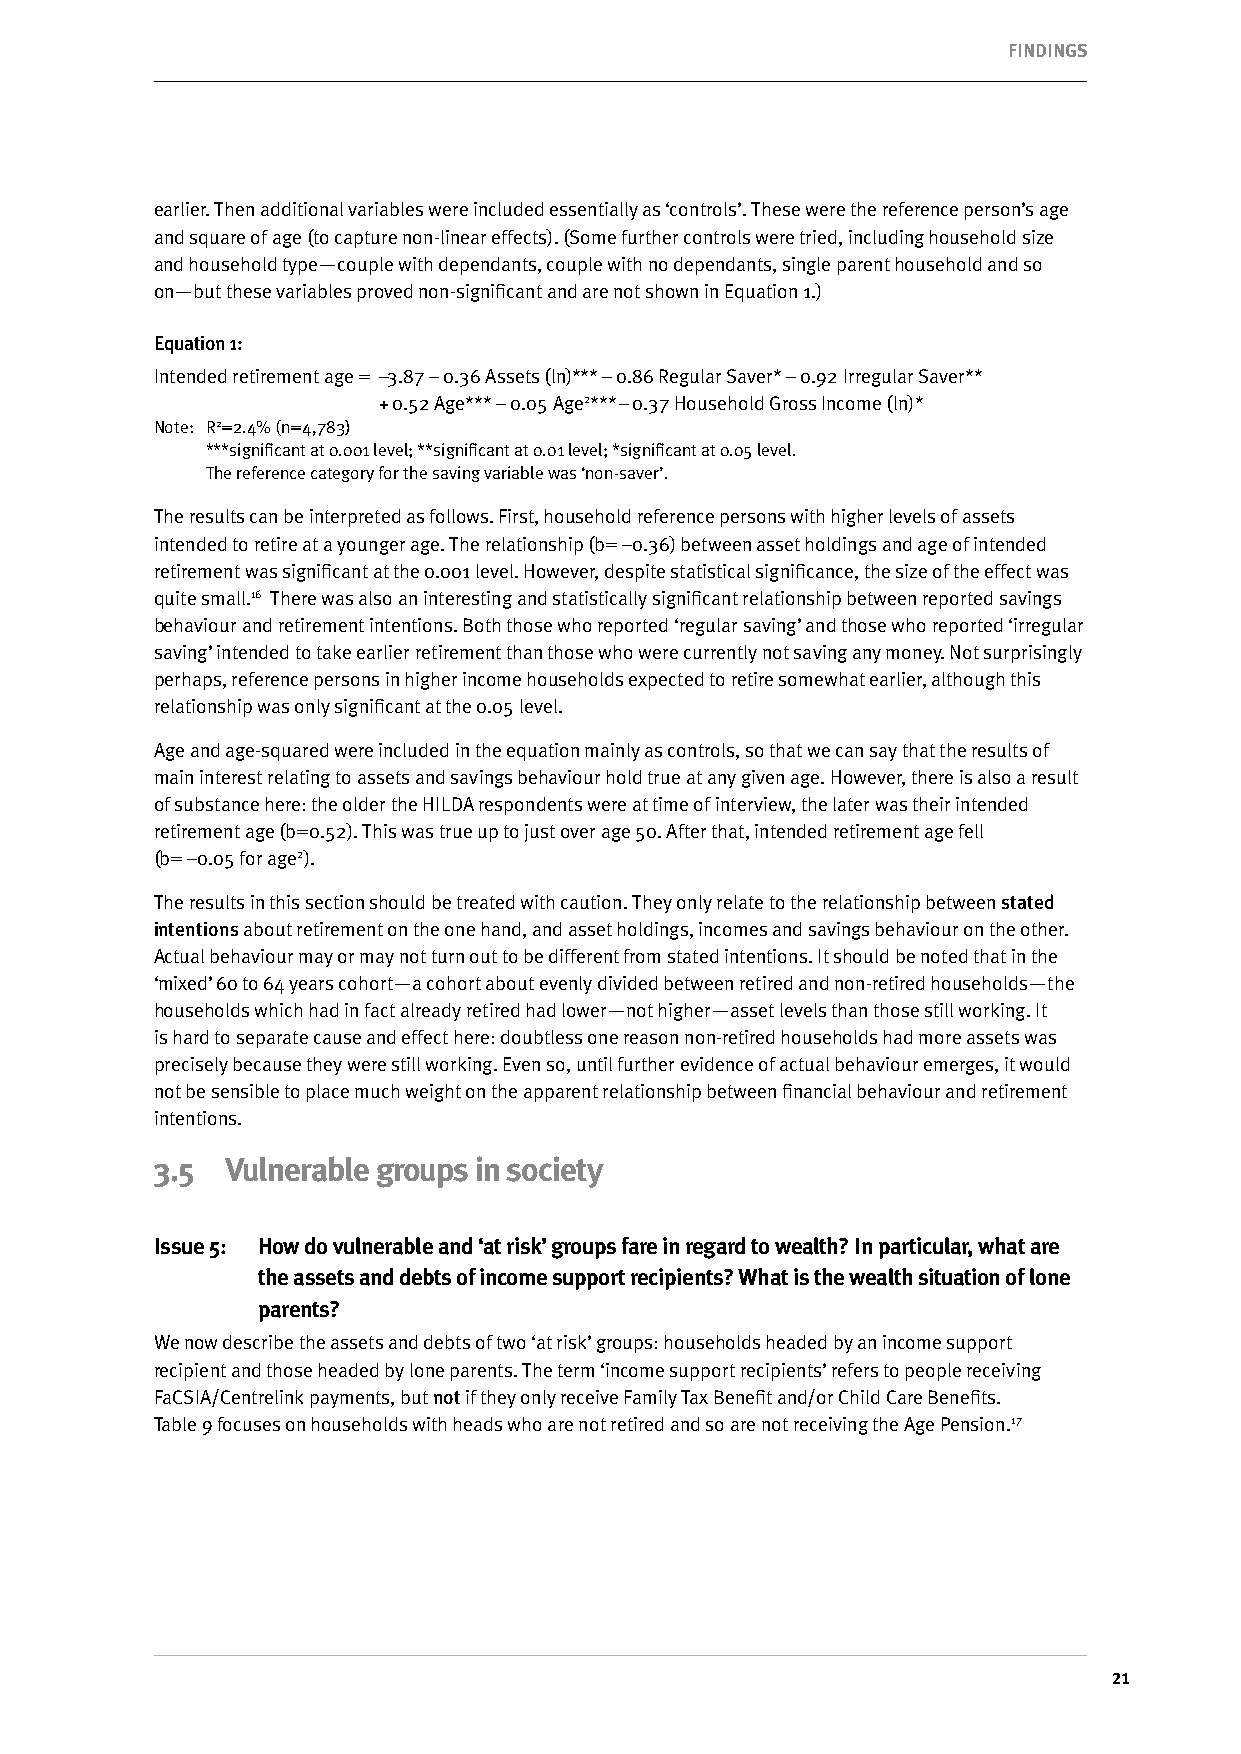
FINDINgS
 earlier. Then additional variables were included essentially as ‘controls’. These were the reference person’s age
 and square of age (to capture non-linear effects). (Some further controls were tried, including household size
 and household type—couple with dependants, couple with no dependants, single parent household and so
 on—but these variables proved non-significant and are not shown in Equation 1.)
 Equation 1:
 Intended retirement age = –3.87 – 0.36 Assets (ln)*** – 0.86 Regular Saver* – 0.92 Irregular Saver**
 + 0.52 Age*** – 0.05 Age2*** – 0.37 Household Gross Income (ln)*
 Note: R2=2.4% (n=4,783)
 ***significant at 0.001 level; **significant at 0.01 level; *significant at 0.05 level.
 The reference category for the saving variable was ‘non-saver’.
 The results can be interpreted as follows. First, household reference persons with higher levels of assets
 intended to retire at a younger age. The relationship (b= –0.36) between asset holdings and age of intended
 retirement was significant at the 0.001 level. However, despite statistical significance, the size of the effect was
 quite small.16 There was also an interesting and statistically significant relationship between reported savings
 behaviour and retirement intentions. Both those who reported ‘regular saving’ and those who reported ‘irregular
 saving’ intended to take earlier retirement than those who were currently not saving any money. Not surprisingly
 perhaps, reference persons in higher income households expected to retire somewhat earlier, although this
 relationship was only significant at the 0.05 level.
 Age and age-squared were included in the equation mainly as controls, so that we can say that the results of
 main interest relating to assets and savings behaviour hold true at any given age. However, there is also a result
 of substance here: the older the HILDA respondents were at time of interview, the later was their intended
 retirement age (b=0.52). This was true up to just over age 50. After that, intended retirement age fell
 (b= –0.05 for age2).
 The results in this section should be treated with caution. They only relate to the relationship between stated
 intentions about retirement on the one hand, and asset holdings, incomes and savings behaviour on the other.
 Actual behaviour may or may not turn out to be different from stated intentions. It should be noted that in the
 ‘mixed’ 60 to 64 years cohort—a cohort about evenly divided between retired and non-retired households—the
 households which had in fact already retired had lower—not higher—asset levels than those still working. It
 is hard to separate cause and effect here: doubtless one reason non-retired households had more assets was
 precisely because they were still working. Even so, until further evidence of actual behaviour emerges, it would
 not be sensible to place much weight on the apparent relationship between financial behaviour and retirement
 intentions.
 3.5  vulnerable groups in society
 Issue 5: How do vulnerable and ‘at risk’ groups fare in regard to wealth? In particular, what are
 the assets and debts of income support recipients? what is the wealth situation of lone
 parents?
 We now describe the assets and debts of two ‘at risk’ groups: households headed by an income support
 recipient and those headed by lone parents. The term ‘income support recipients’ refers to people receiving
 FaCSIA/Centrelink payments, but not if they only receive Family Tax Benefit and/or Child Care Benefits.
 Table 9 focuses on households with heads who are not retired and so are not receiving the Age Pension.17
 